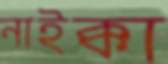
নাইক্কা